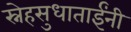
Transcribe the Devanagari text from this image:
स्नेहसुधाताईंनी